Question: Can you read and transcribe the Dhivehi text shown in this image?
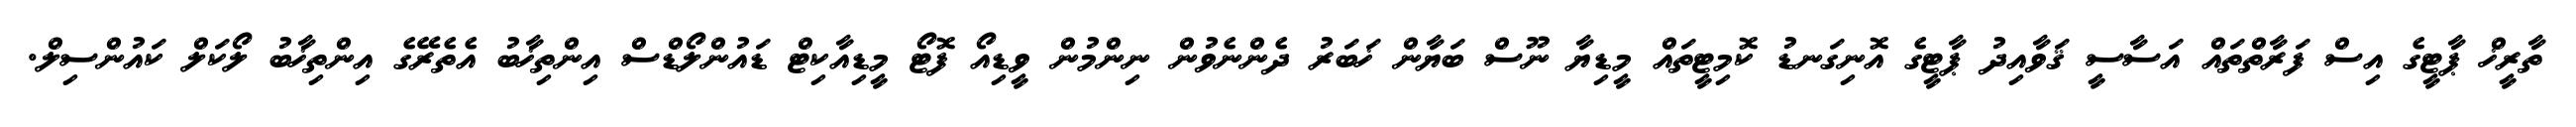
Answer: ތާރީޚް ޕާޓީގެ އިސް ފަރާތްތައް އަސާސީ ޤަވާއިދު ޕާޓީގެ އޮނިގަނޑު ކޮމިޓީތައް މީޑިޔާ ނޫސް ބަޔާން ޚަބަރު ދެންނެވުން ނިންމުން ވީޑިއޯ ފޮޓޯ މީޑިއާކިޓް ޑައުންލޯޑްސް އިންތިޚާބު އެތެރޭގެ އިންތިޚާބު ލޯކަލް ކައުންސިލް.